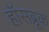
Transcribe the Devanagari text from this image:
हॉसब्रूक